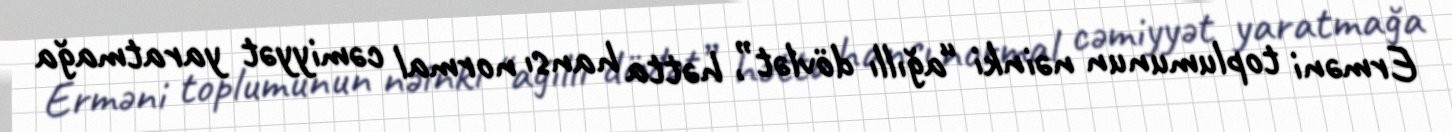
Erməni toplumunun nəinki “ağıllı dövlət”, hətta hansı normal cəmiyyət yaratmağa